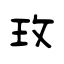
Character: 玫